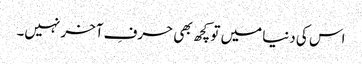
اس کی دنیا میں تو کچھ بھی حرفِ آخر نہیں۔